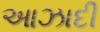
આઝાદી